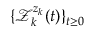
\{ \mathcal { Z } _ { k } ^ { z _ { k } } ( t ) \} _ { t \geq 0 }